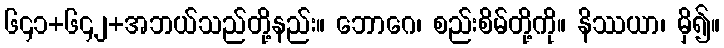
၆၄၁+၆၄၂+အဘယ်သည်တို့နည်း။ ဘောဂေ၊ စည်းစိမ်တို့ကို။ နိဿယာ၊ မှိ၍။